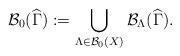
LaTeX: \begin{align*}\mathcal{B}_{0}(\widehat{\Gamma }):=\bigcup_{\Lambda \in \mathcal{B}_{0}(X)}\mathcal{B}_{\Lambda }(\widehat{\Gamma }). \end{align*}